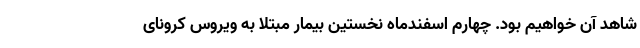
شاهد آن خواهیم بود. چهارم اسفندماه نخستین بیمار مبتلا به ویروس کرونای